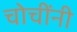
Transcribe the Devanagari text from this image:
चोचींनी